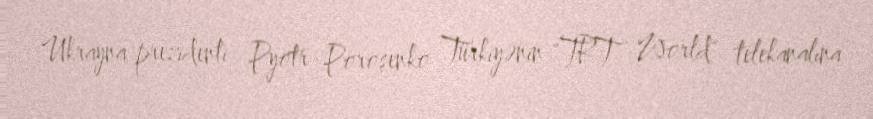
Ukrayna prezidenti Pyotr Poroşenko Türkiyənin "TRT World" telekanalına